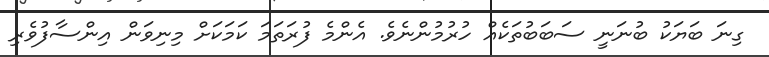
ގިނަ ބަޔަކު ބުނަނީ ސަބަބުތަކެއް ހުރުމުންނެވެ. އެންމެ ފުރަތަމަ ކަމަކަށް މިނިވަން އިންސާފުވެރި